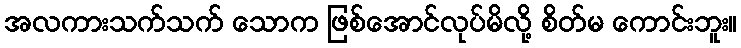
အလကားသက်သက် သောက ဖြစ်အောင်လုပ်မိလို့ စိတ်မ ကောင်းဘူး။